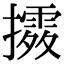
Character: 𢷛